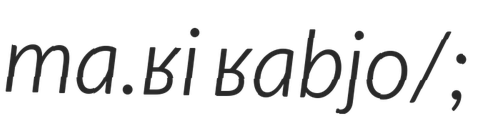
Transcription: ma.ʁi ʁabjo/;